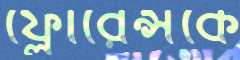
ফ্লোরেন্সকে